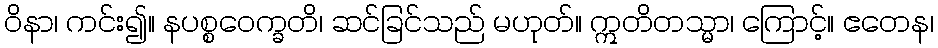
ဝိနာ၊ ကင်း၍။ နပစ္စဝေက္ခတိ၊ ဆင်ခြင်သည် မဟုတ်။ ဣတိတသ္မာ၊ ကြောင့်။ ဧတေန၊